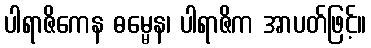
ပါရာဇိကေန ဓမ္မေန၊ ပါရာဇိက အာပတ်ဖြင့်။